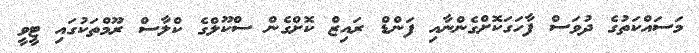
މަސައްކަތުގެ ދުވަސް ފާހަގަކޮށްގެންނާއި ފަންޑް ރައިޒް ކޮށްގެން ސްކޫލްގެ ކްލާސް ރޫމްތަކުގައި ޓީވީ